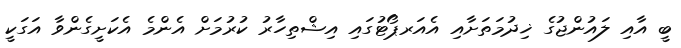
ބީ އާއި ލައުންޖުގެ ޚިދުމަތަށާއި އެއަރޕޯޓުގައި އިޝްތިހާރު ކުރުމަށް އެންމެ އެކަށީގެންވާ އަގަކީ